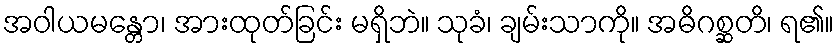
အဝါယမန္တော၊ အားထုတ်ခြင်း မရှိဘဲ။ သုခံ၊ ချမ်းသာကို။ အဓိဂစ္ဆတိ၊ ရ၏။